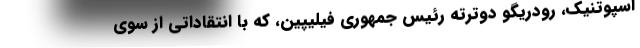
اسپوتنیک، رودریگو دوترته رئیس جمهوری فیلیپین، که با انتقاداتی از سوی